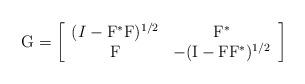
LaTeX: \begin{align*}\mathrm{G}=\left[ \begin{array}{cc} (I-\mathrm{F}^\ast\mathrm{F})^{1/2} & \mathrm{F}^\ast\\ \mathrm{F} & -(\mathrm{I}-\mathrm{F}\mathrm{F}^\ast)^{1/2} \\ \end{array} \right]\end{align*}